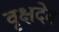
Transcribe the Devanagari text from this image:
वृक्षदेव